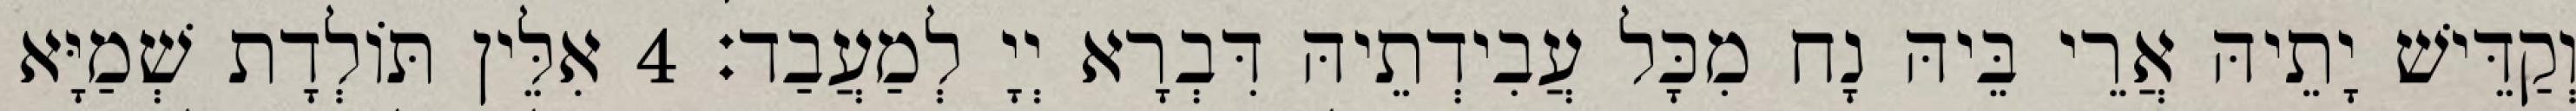
וְקַדֵּישׁ יָתֵיהּ אֲרֵי בֵּיהּ נָח מִכָּל עֲבִידְתֵיהּ דִּבְרָא יְיָ לְמַעֲבַד׃ 4 אִלֵּין תּוֹלְדָת שְׁמַיָּא